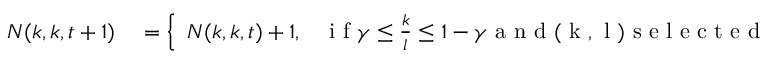
\begin{array} { r l } { N ( k , k , t + 1 ) } & { { } = \left\{ \begin{array} { l l } { N ( k , k , t ) + 1 , } & { \mathrm { ~ i ~ f ~ } \gamma \leq \frac { k } { l } \leq 1 - \gamma \mathrm { ~ a ~ n ~ d ~ ( ~ k ~ , ~ l ~ ) ~ s ~ e ~ l ~ e ~ c ~ t ~ e ~ d ~ } \ , } \end{array} \right. } \end{array}